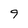
Character: 9